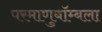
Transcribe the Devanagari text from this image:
परमाणुबॉम्बला